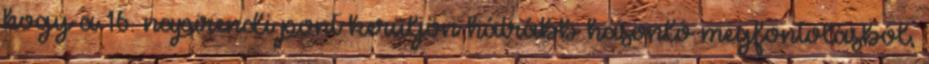
hogy a 16. napirendi pont kerüljön hátrább hasonló megfontolásból,